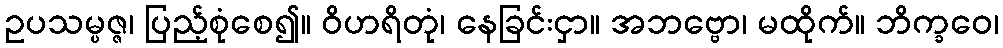
ဥပသမ္ပဇ္ဇ၊ ပြည့်စုံစေ၍။ ဝိဟရိတုံ၊ နေခြင်းငှာ။ အဘဗ္ဗော၊ မထိုက်။ ဘိက္ခဝေ၊